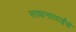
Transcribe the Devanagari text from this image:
साधनाताईंचे